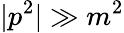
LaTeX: |p^{2}|\gg m^{2}